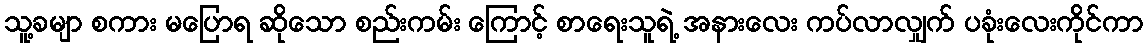
သူ့ခမျာ စကား မပြောရ ဆိုသော စည်းကမ်း ကြောင့် စာရေးသူရဲ့ အနားလေး ကပ်လာလျှက် ပခုံးလေးကိုင်ကာ